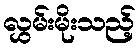
လွှမ်းမိုးသည့်